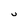
Character: U